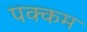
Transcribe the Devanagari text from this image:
पक्कम